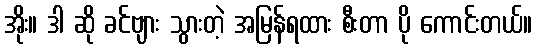
အိုး။ ဒါ ဆို ခင်ဗျား သွားတဲ့ အမြန်ရထား စီးတာ ပို ကောင်းတယ်။